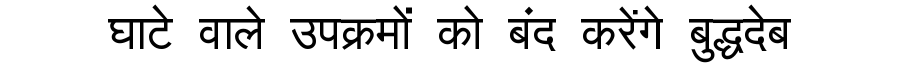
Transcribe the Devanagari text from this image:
घाटे वाले उपक्रमों को बंद करेंगे बुद्धदेब